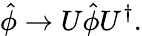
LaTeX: \hat{\phi}\rightarrow U\hat{\phi}U^{\dagger}.